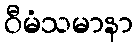
ဝီမံသမာနာ